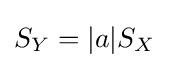
S_{Y}=|a|S_{X}